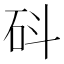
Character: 𥐿